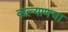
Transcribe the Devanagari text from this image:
कल्याणचा